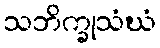
သဘိက္ခုသံဃံ